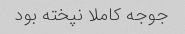
جوجه کاملا نپخته بود